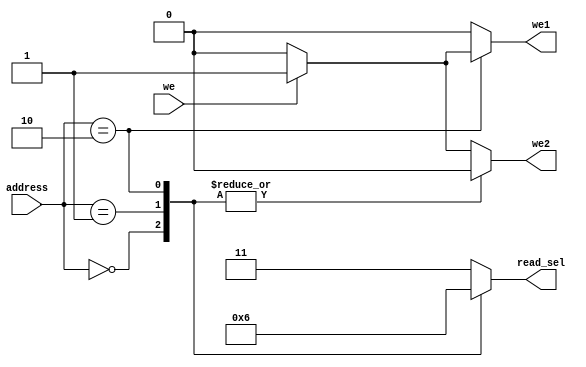
`timescale 1ns / 1ps

module gpio_decoder(
    input we,
    input [3:2] address,
    output reg we1, we2,
    output reg [1:0] read_sel
    );
    always @(*) begin
        case (address)
            2'b00:
                begin
                    we1 = 1'b0;
                    we2 = 1'b0;
                    read_sel = 2'b00;
                end
            2'b01:
                begin
                    we1 = 1'b0;
                    we2 = 1'b0;
                    read_sel = 2'b01;
                end
            2'b10:
                begin
                    if (we)begin
                        we1 = 1'b1;
                        we2 = 1'b0;
                        read_sel = 2'b10;
                    end
                    else begin
                        we1 = 1'b0;
                        we2 = 1'b0;
                        read_sel = 2'b10;
                    end
                end
            default:
                begin
                    if (we)begin
                        we1 = 1'b0;
                        we2 = 1'b1;
                        read_sel = 2'b11;
                    end
                    else begin
                        we1 = 1'b0;
                        we2 = 1'b0;
                        read_sel = 2'b11;
                    end
                end
        endcase
    end
endmodule